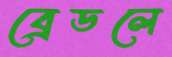
ব্রেডলে